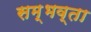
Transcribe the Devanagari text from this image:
सम्भव्ता